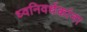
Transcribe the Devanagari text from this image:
ध्वनिवर्धकांना